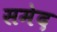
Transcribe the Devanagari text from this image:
समेद